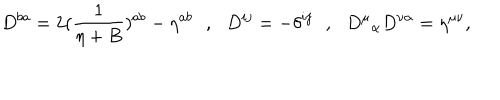
LaTeX: D ^ { b a } = 2 ( { \frac { 1 } { \eta + B } } ) ^ { a b } - \eta ^ { a b } \, \, \, \, , \, \, \, \, D ^ { i j } = - \delta ^ { i j } \, \, \, \, , \, \, \, \, { D ^ { \mu } } _ { \alpha } D ^ { \nu \alpha } = \eta ^ { \mu \nu } ,